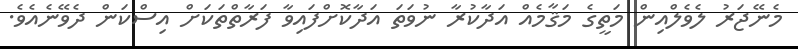
މެނޭޖަރު ލެވެލްއިން މަތީގެ މަޤާމެއް އަދާކުރާ ނުވަތަ އަދާކޮށްފައިވާ ފަރާތްތަކަށް އިސްކަން ދެވޭނެއެވެ.